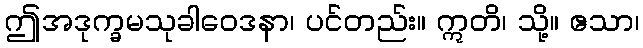
ဤအဒုက္ခမသုခါဝေဒနာ၊ ပင်တည်း။ ဣတိ၊ သို့။ ဧသာ၊